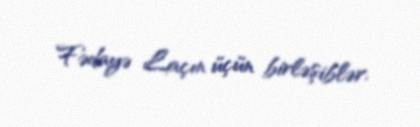
Fədayə Laçın üçün birləşiblər.